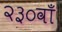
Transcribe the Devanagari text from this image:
२३०वाँ